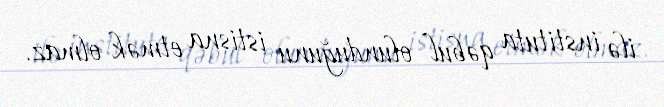
ilə instituta qəbul olunduğunu istisna etmək olmaz.